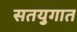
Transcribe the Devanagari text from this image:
सतयुगात